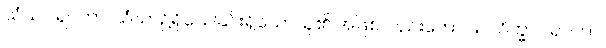
သံဃဂါရဝတာ၊ သံဃာ၌ရိုသေခြင်းရှိသောသူ၏ အဖြစ်လည်းကောင်း။ သိက္ခာဂါရဝတာ၊